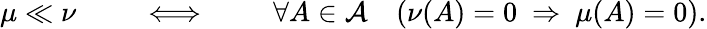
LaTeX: \mu\ll\nu\qquad\iff\qquad\forall A\in{\mathcal{A}}\quad(\nu(A)=0\ \Rightarrow\ \mu(A)=0).